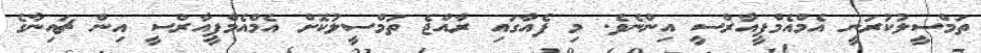
ތަމްސީލުކުރަނީ އެމްއެމްޕީއާރްސީ އިންނެވެ. މި ފެއާގައި ރާއްޖެ ތަމްސީލުކޮށް އެމްއެމްޕީއާރްސީ އިން ޗައިނާގެ